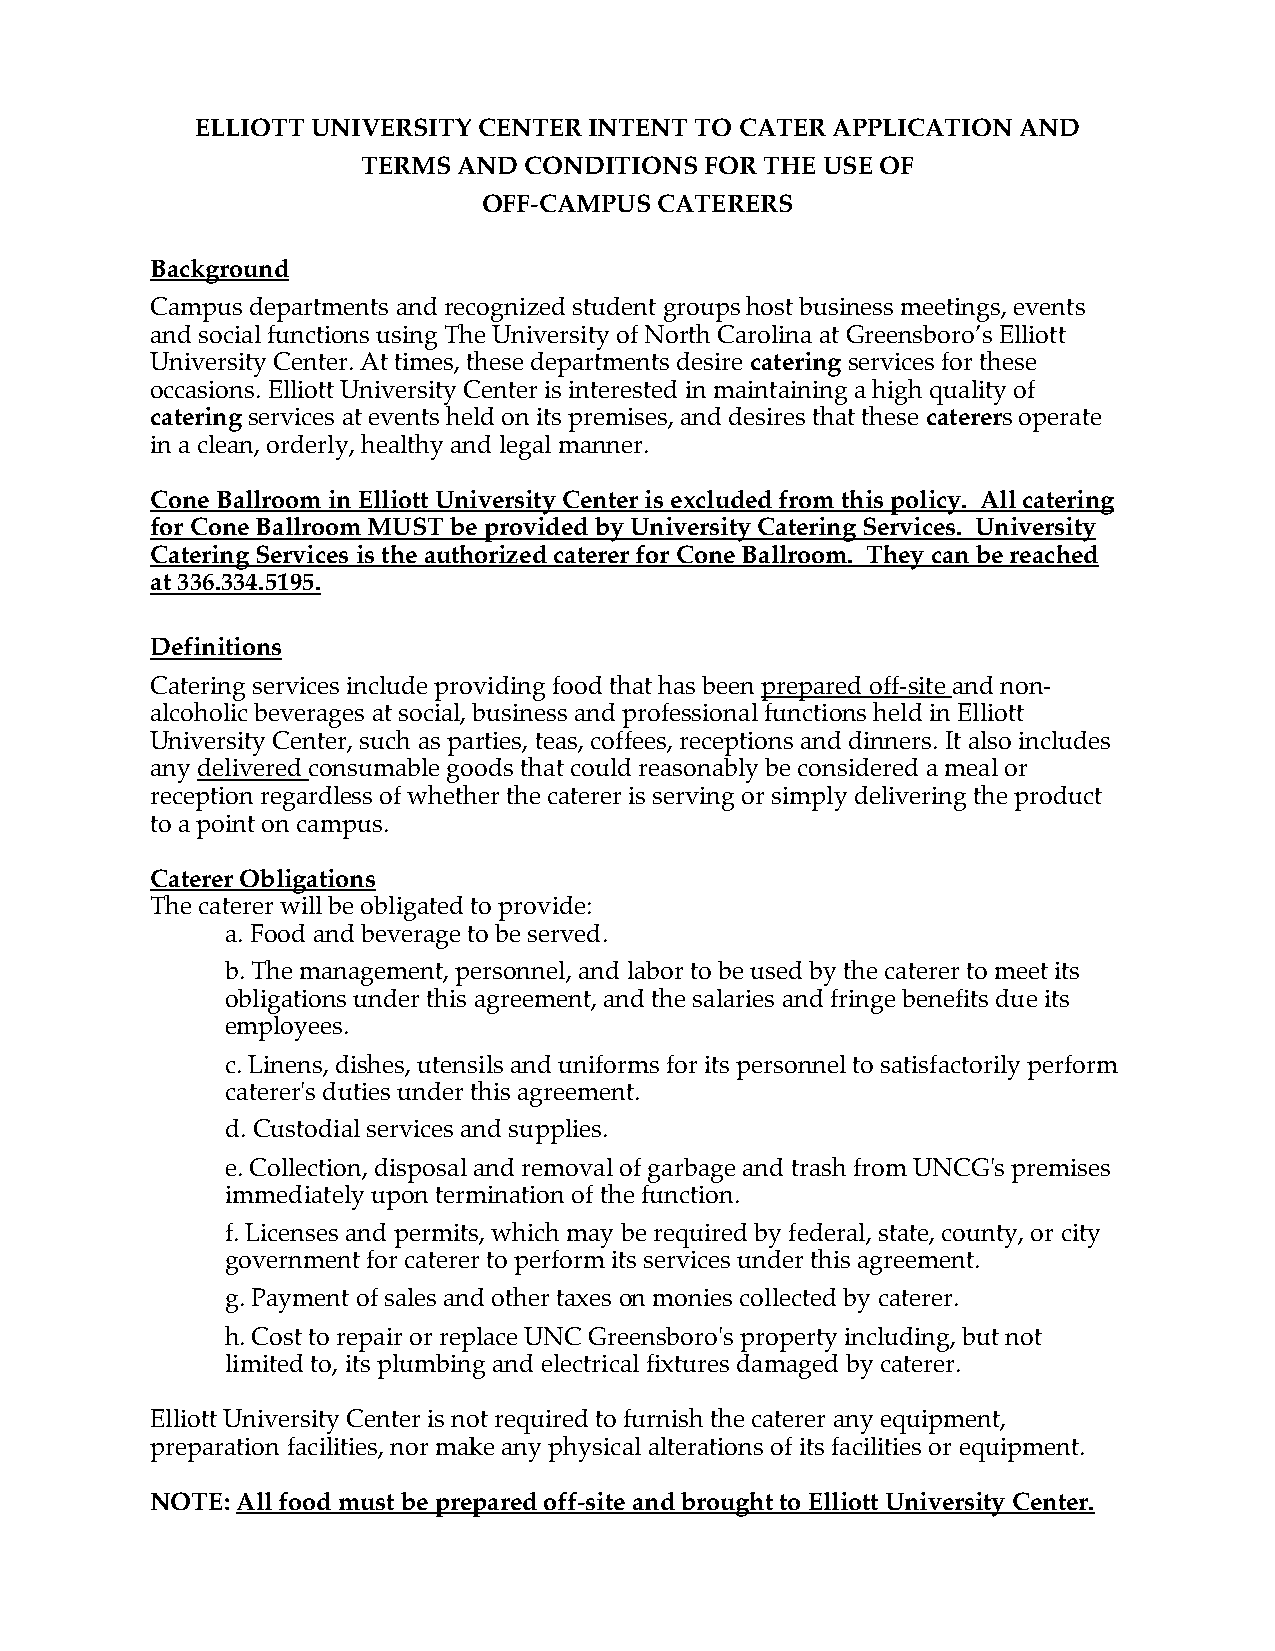
ELLIOTT UNIVERSITY CENTER INTENT TO CATER APPLICATION AND
 TERMS AND  CONDITIONS  FOR THE USE OF
 OFF-CAMPUS  CATERERS
 Background
 Campus departments and recognized student groups host business meetings, events
 and social functions using The University of North Carolina at Greensboro’s Elliott
 University Center. At times, these departments desire catering services for these
 occasions. Elliott University Center is interested in maintaining a high quality of
 catering services at events held on its premises, and desires that these caterers operate
 in a clean, orderly, healthy and legal manner.
 Cone Ballroom in Elliott University Center is excluded from this policy. All catering
 for Cone Ballroom MUST be provided by University Catering Services. University
 Catering Services is the authorized caterer for Cone Ballroom. They can be reached
 at 336.334.5195.
 Definitions
 Catering services include providing food that has been prepared off-site and non-
 alcoholic beverages at social, business and professional functions held in Elliott
 University Center, such as parties, teas, coffees, receptions and dinners. It also includes
 any delivered consumable goods that could reasonably be considered a meal or
 reception regardless of whether the caterer is serving or simply delivering the product
 to a point on campus.
 Caterer Obligations
 The caterer will be obligated to provide:
 a. Food and beverage to be served.
 b. The management, personnel, and labor to be used by the caterer to meet its
 obligations under this agreement, and the salaries and fringe benefits due its
 employees.
 c. Linens, dishes, utensils and uniforms for its personnel to satisfactorily perform
 caterer's duties under this agreement.
 d. Custodial services and supplies.
 e. Collection, disposal and removal of garbage and trash from UNCG's premises
 immediately upon termination of the function.
 f. Licenses and permits, which may be required by federal, state, county, or city
 government for caterer to perform its services under this agreement.
 g. Payment of sales and other taxes on monies collected by caterer.
 h. Cost to repair or replace UNC Greensboro's property including, but not
 limited to, its plumbing and electrical fixtures damaged by caterer.
 Elliott University Center is not required to furnish the caterer any equipment,
 preparation facilities, nor make any physical alterations of its facilities or equipment.
 NOTE: All food must be prepared off-site and brought to Elliott University Center.